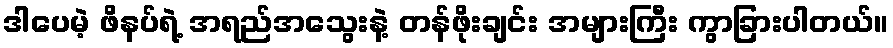
ဒါပေမဲ့ ဖိနပ်ရဲ့ အရည်အသွေးနဲ့ တန်ဖိုးချင်း အများကြီး ကွာခြားပါတယ်။